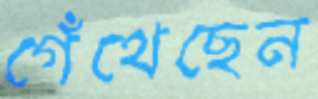
গেঁথেছেন